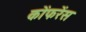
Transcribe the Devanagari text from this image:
कोंफरेंस